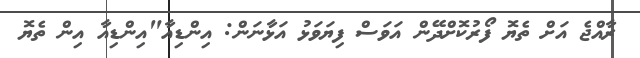
ރާއްޖެ އަށް ތެޔޮ ފޯރުކޮށްދޭން އަވަސް ފިޔަވަޅު އަޅާނަން: އިންޑިއާ"އިންޑިއާ އިން ތެޔޮ